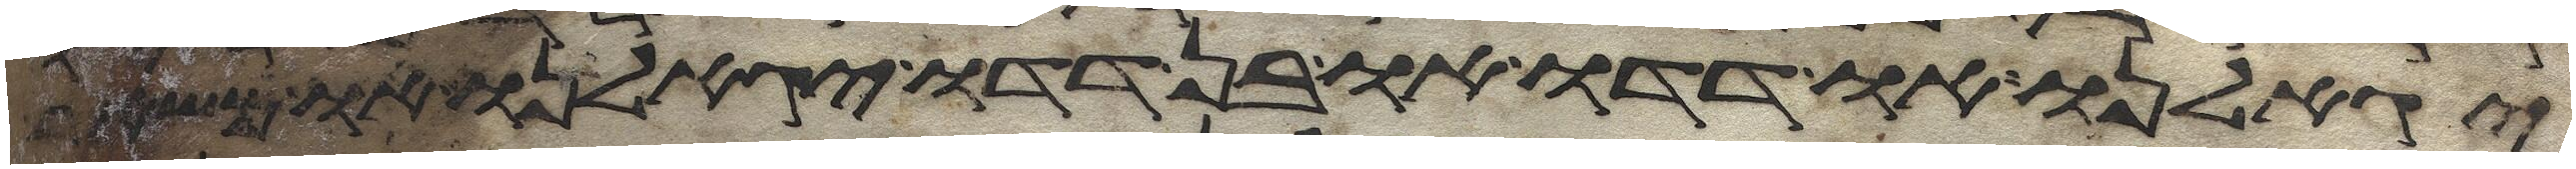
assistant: יגאלנו או דדו או בן דדו יגאלנו או משאר